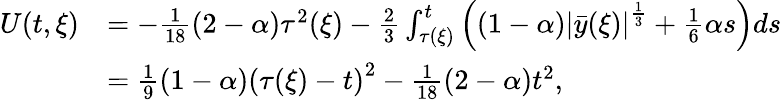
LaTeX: \begin{array}{rl}{U(t,\xi)}&{=-\frac{1}{18}(2-\alpha)\tau^{2}(\xi)-\frac{2}{3}\int_{\tau(\xi)}^{t}\left((1-\alpha)\left|\bar{y}(\xi)\right|^{\frac{1}{3}}+\frac{1}{6}\alpha s\right)ds}\\ &{=\frac{1}{9}(1-\alpha)\left(\tau(\xi)-t\right)^{2}-\frac{1}{18}(2-\alpha)t^{2},}\end{array}